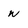
Character: W